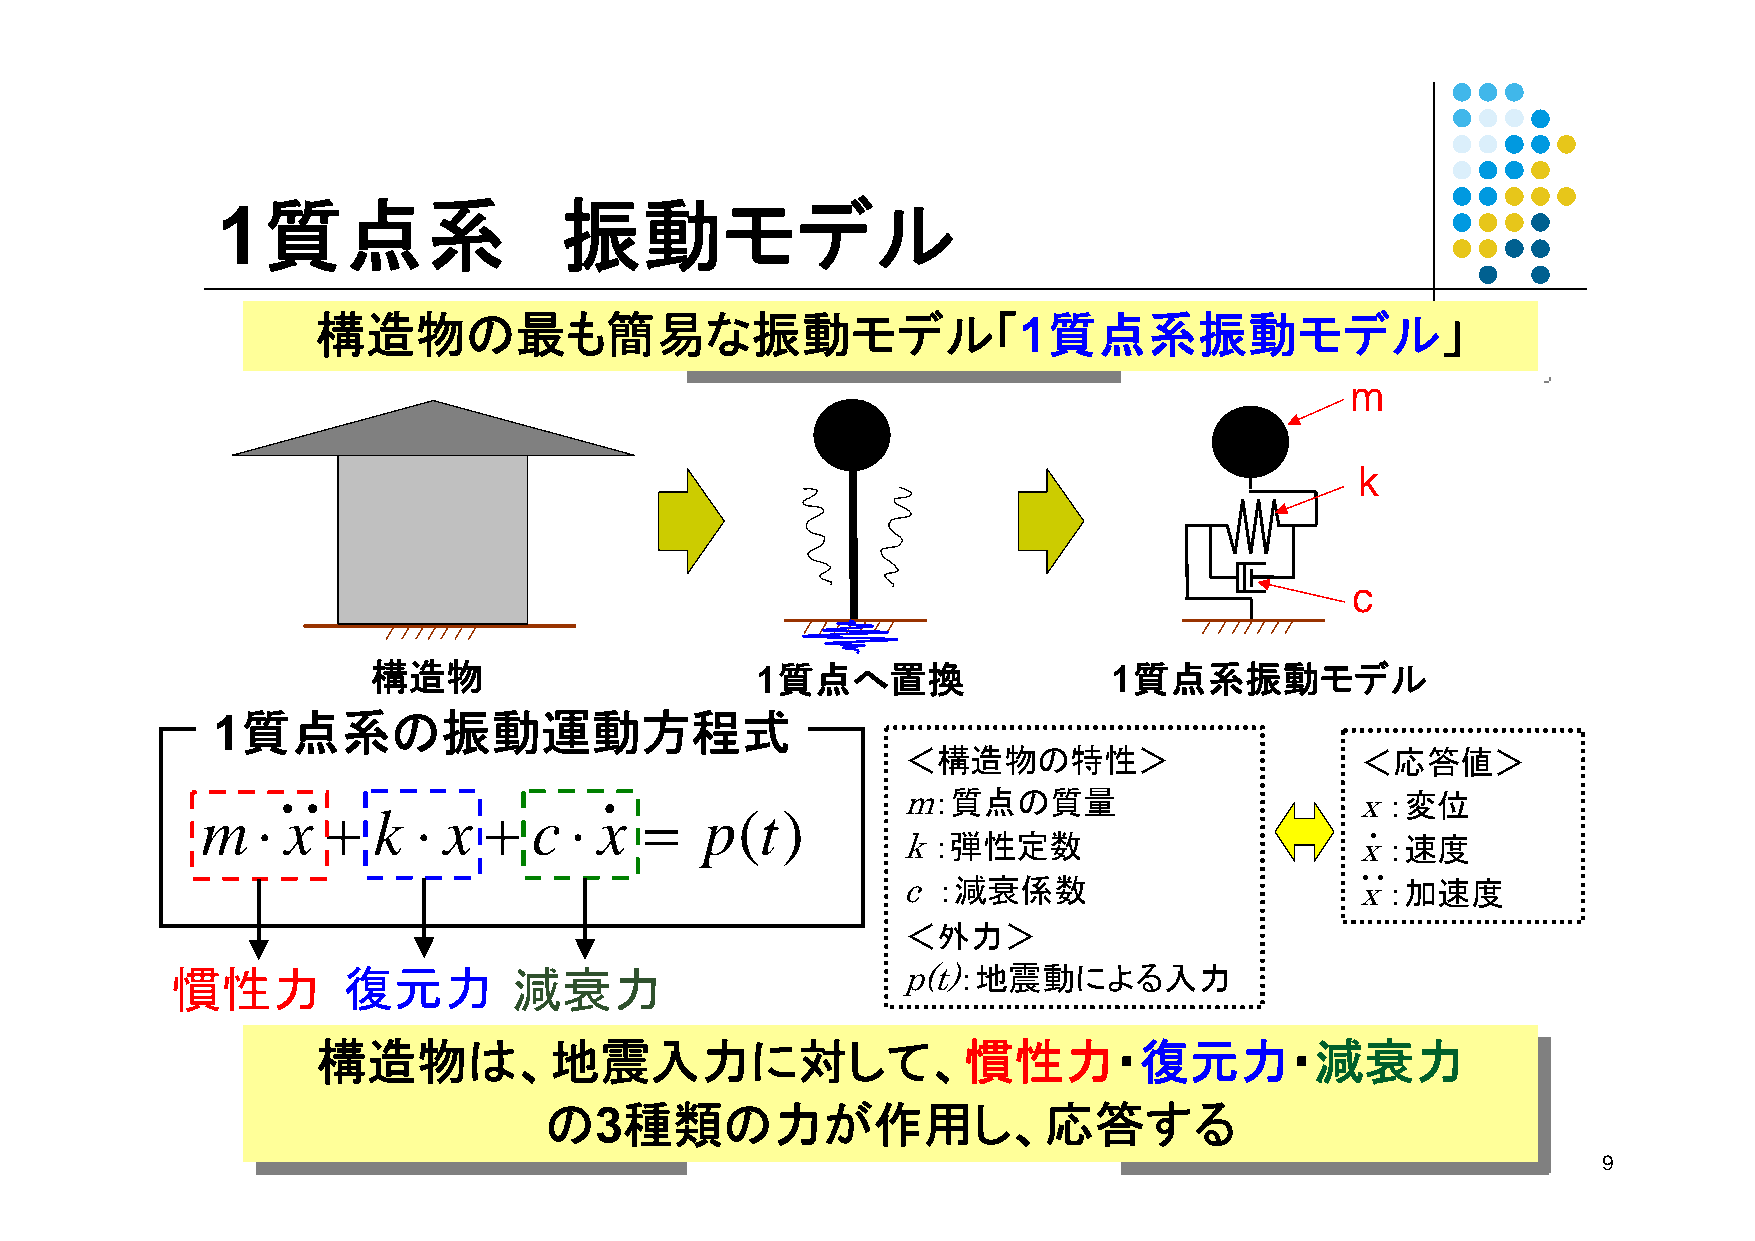
1質点系                   振動モデル
 構造物の最も簡易な振動モデル「1質点系振動モデル」
 構造物の最も簡易な振動モデル「1質点系振動モデル」
 m
 k
 c
 構造物                      1質点へ置換                  1質点系振動モデル
 1質点系の振動運動方程式
 ＜構造物の特性＞                      ＜応答値＞
 ・・                    ・                   m：質点の質量                       x：変位
 m   ⋅ x  +  k  ⋅ x +  c  ⋅ x  =   p(t)
 ・
 k ：弾性定数                       x：速度
 ・・
 c ：減衰係数                       x：加速度
 ＜外力＞
 慣性力         復元力        減衰力                       p(t)：地震動による入力
 構造物は、地震入力に対して、慣性力・復元力・減衰力
 構造物は、地震入力に対して、慣性力・復元力・減衰力
 の3種類の力が作用し、応答する
 の3種類の力が作用し、応答する
 9